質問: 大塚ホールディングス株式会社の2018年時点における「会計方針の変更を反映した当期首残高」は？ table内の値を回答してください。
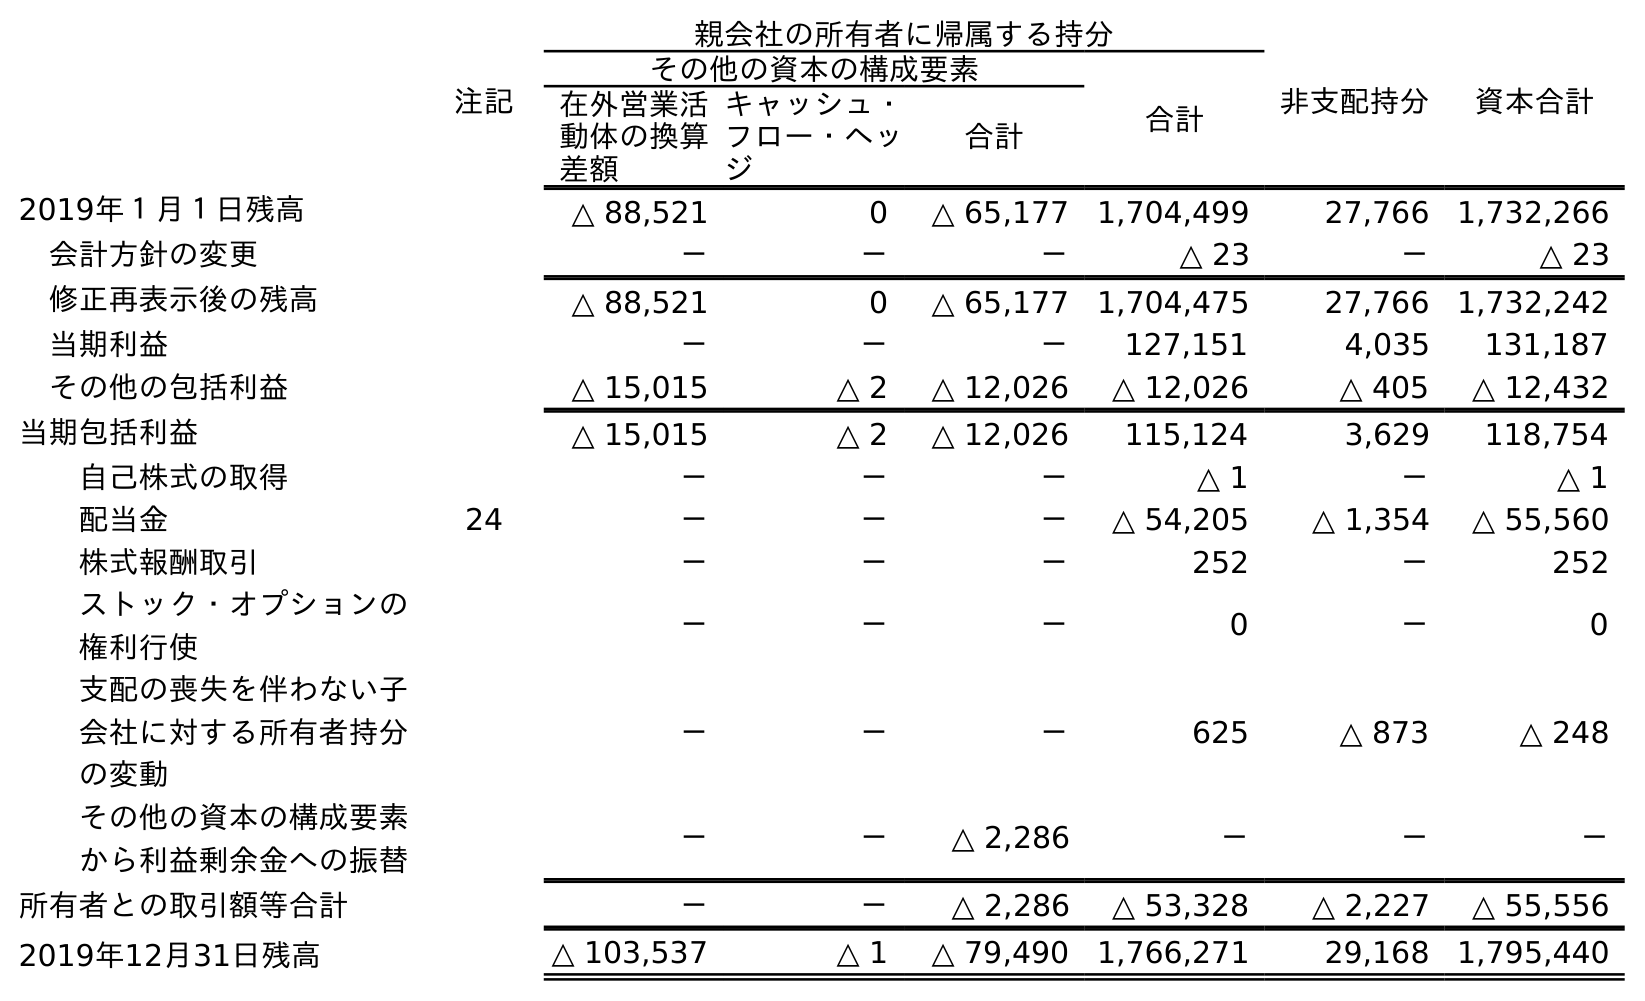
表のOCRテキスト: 注記 親会社の所有者に帰属する持分 非支配持分 資本合計 その他の資本の構成要素 合計 在外営業活 動体の換算 差額 キャッシュ・ フロー・ヘッ ジ 合計 2019年１月１日残高 △ 88,521 0 △ 65,177 1,704,499 27,766 1,732,266 会計方針の変更 － － － △ 23 － △ 23 修正再表示後の残高 △ 88,521 0 △ 65,177 1,704,475 27,766 1,732,242 当期利益 － － － 127,151 4,035 131,187 その他の包括利益 △ 15,015 △ 2 △ 12,026 △ 12,026 △ 405 △ 12,432 当期包括利益 △ 15,015 △ 2 △ 12,026 115,124 3,629 118,754 自己株式の取得 － － － △ 1 － △ 1 配当金 24 － － － △ 54,205 △ 1,354 △ 55,560 株式報酬取引 － － － 252 － 252 ストック・オプションの 権利行使 － － － 0 － 0 支配の喪失を伴わない子 会社に対する所有者持分 の変動 － － － 625 △ 873 △ 248 その他の資本の構成要素 から利益剰余金への振替 － － △ 2,286 － － － 所有者との取引額等合計 － － △ 2,286 △ 53,328 △ 2,227 △ 55,556 2019年12月31日残高 △ 103,537 △ 1 △ 79,490 1,766,271 29,168 1,795,440
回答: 1,732,242